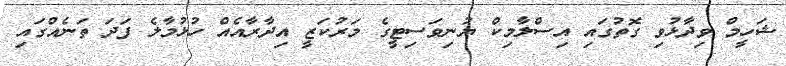
ޝަހީމް ވިދާޅުވި ގޮތުގައި އިސްލާމިކް ޔުނިވަސިޓީގެ މަރުކަޒީ އިދާރާއެއް ހުޅުމާލެ ފަދަ ތަނެއްގައި